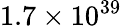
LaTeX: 1.7\times 10^{39}